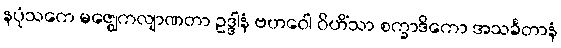
နပုံသကေ မဇ္ဈေကလျာဏတာ ဥဒ္ဒါနံ ဗဟဝေါ ဝိဟိံသာ စက္ခာဒိကော အသင်္ခတာနံ